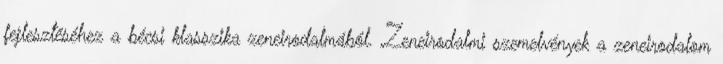
fejlesztéséhez a bécsi klasszika zeneirodalmából. Zeneirodalmi szemelvények a zeneirodalom